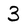
Character: 3